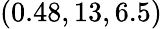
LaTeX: (0.48,13,6.5)